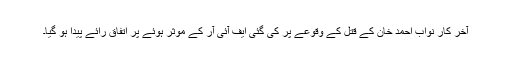
آخر کار نواب احمد خان کے قتل کے وقوعے پر کی گئی ایف آئی آر کے موثر ہوئے پر اتفاق رائے پیدا ہو گیا۔